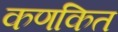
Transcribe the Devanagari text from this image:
कणकित